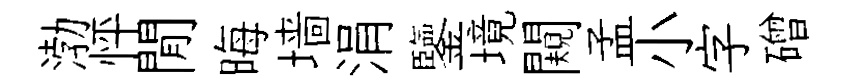
渤怦閒晦墙涓鑒境闚孟小字磳